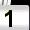
Digit: 1